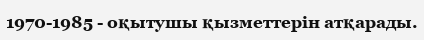
1970-1985 - оқытушы қызметтерін атқарады.